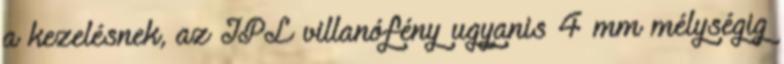
a kezelésnek, az IPL villanófény ugyanis 4 mm mélységig